Civil Veterinary Department Bihar reports 1936-40 - 1936-1940
Year: 1936
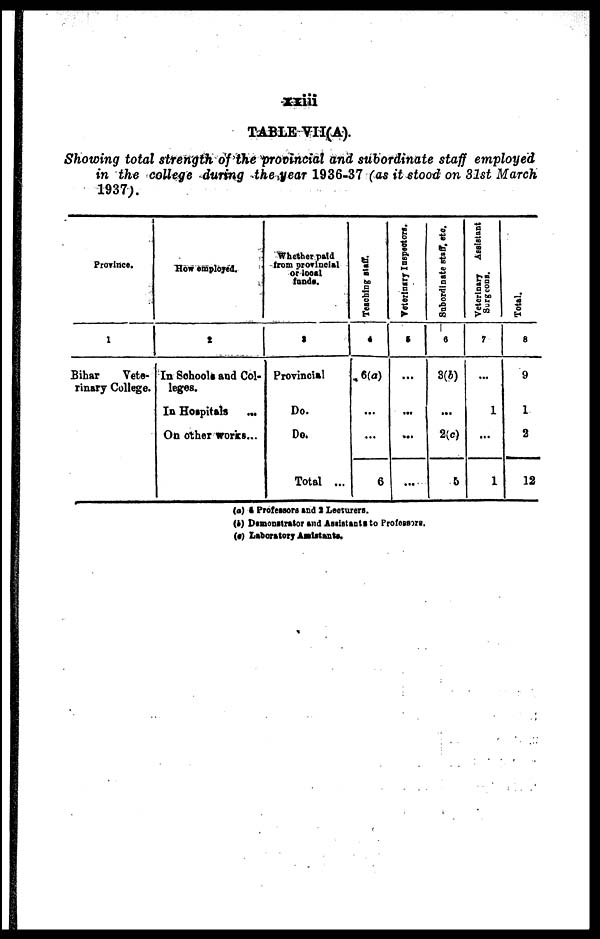
xxiii
TABLE VII(A).
Showing total strength of the provincial and subordinate staff employed
in the college during the year 1936-37 (as it stood on 31st March
1937).
Province.
1
Bihar
Vete-
rinary College.
How employed.
2
In Schools and Col-
leges.
In Hospitals ...
On other works...
Whether paid
from provincial
or local
funds.
3
Provincial
Do.
Do.
Total ...
Teaching staff.
4
6(a)
...
...
6
Veterinary Inspectors.
5
…
...
...
…
Subordinate staff, etc.
6
3(b)
...
2(c)
6
Veterinary
Assistant
Surgeons.
7
1
...
1
Total.
8
9
1
2
12
(a) 4 Professors and 2 Lecturers.
(b) Demonstrator and Assistants to Professors.
(c) Laboratory Assistants,